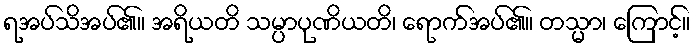
ရအပ်သိအပ်၏။ အရိယတိ သမ္ပာပုဏိယတိ၊ ရောက်အပ်၏။ တသ္မာ၊ ကြောင့်။